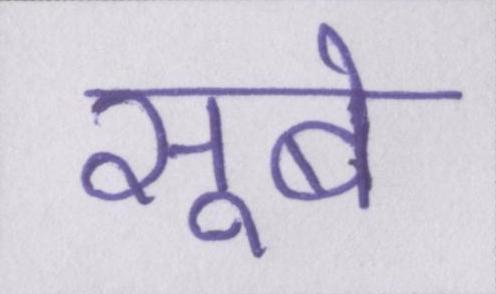
सूबे